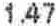
1.47